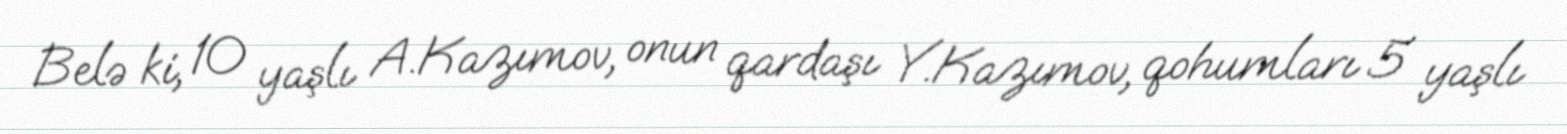
Belə ki, 10 yaşlı A.Kazımov, onun qardaşı Y.Kazımov, qohumları 5 yaşlı